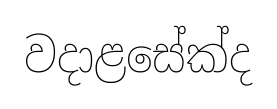
වදාළසේක්ද